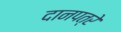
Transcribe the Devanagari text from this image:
दानपत्रे